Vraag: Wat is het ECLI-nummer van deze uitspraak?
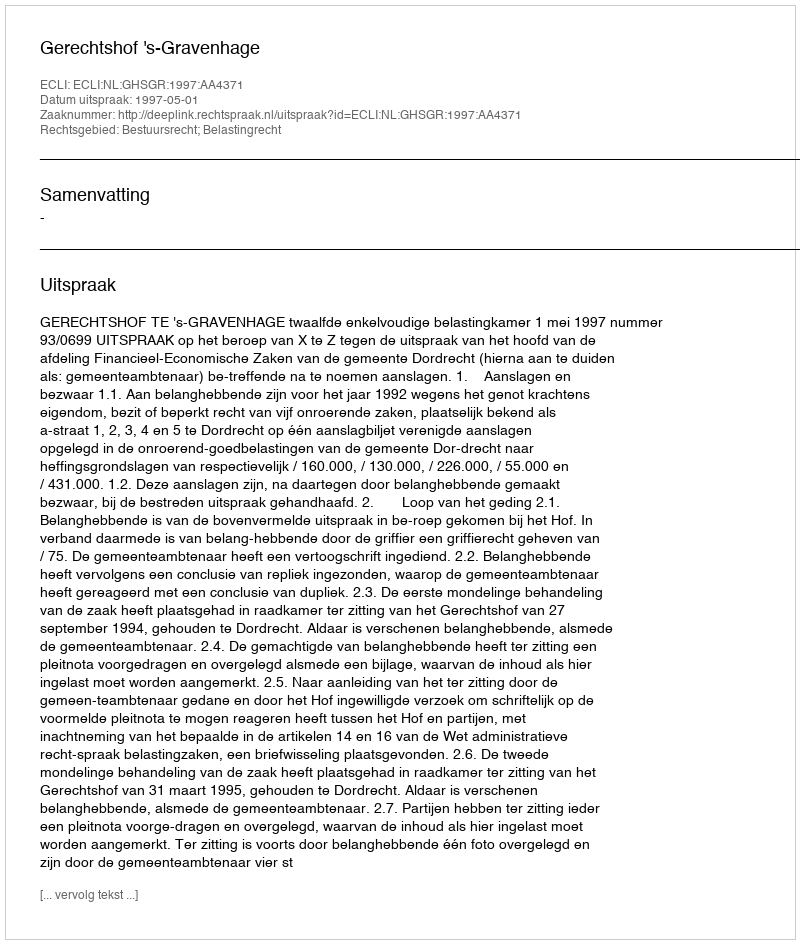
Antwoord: ECLI:NL:GHSGR:1997:AA4371